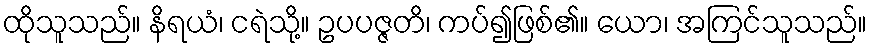
ထိုသူသည်။ နိရယံ၊ ငရဲသို့။ ဥပပဇ္ဇတိ၊ ကပ်၍ဖြစ်၏။ ယော၊ အကြင်သူသည်။